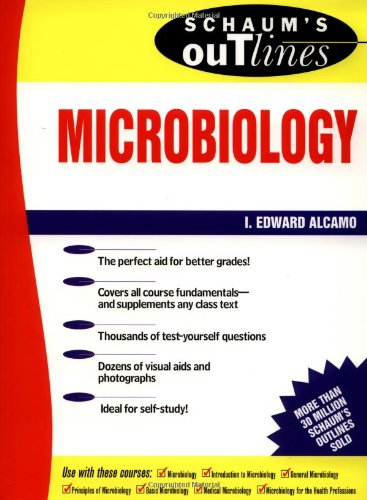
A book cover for Schaum's Outline of Microbiology; I. Alcamo; Medical Books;